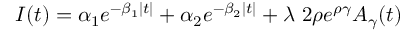
{ \cal I } ( t ) = \alpha _ { 1 } e ^ { - \beta _ { 1 } | t | } + \alpha _ { 2 } e ^ { - \beta _ { 2 } | t | } + \lambda ~ 2 \rho e ^ { \rho \gamma } A _ { \gamma } ( t )